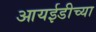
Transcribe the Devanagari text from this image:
आयईडीच्या